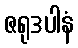
ဇရုဒပါနံ